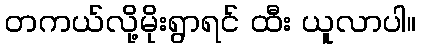
တကယ်လို့မိုးရွာရင် ထီး ယူလာပါ။